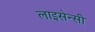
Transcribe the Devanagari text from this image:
लाइसेन्सी